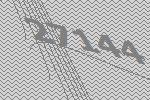
27144